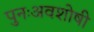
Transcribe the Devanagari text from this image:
पुनःअवशोषी